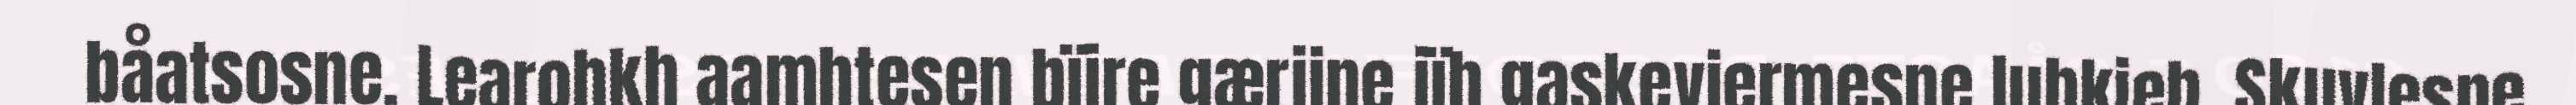
båatsosne. Learohkh aamhtesen bïjre gærjine jïh gaskeviermesne luhkieh. Skuvlesne